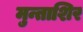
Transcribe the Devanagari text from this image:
मुन्ताशिर